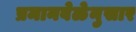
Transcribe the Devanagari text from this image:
प्रमानवेळेनुसार